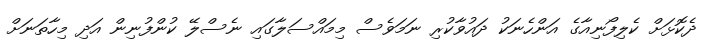
ދެކޮޅަށް ކެލިފޯނިއާގެ އަންހެނަކު ދައުވާކުރި ނަމަވެސް މިމައްސަލާގައި ނެސްލޭ ކުންފުނިން އަދި މިހާތަނަށް